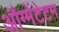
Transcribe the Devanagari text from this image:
औग्मेंटेटम